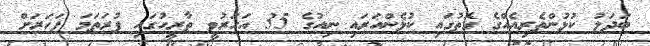
ބަދަލު ކުޅުންތެރިއެއްގެ ގޮތުގައި ކުޅެންއަރައި ނިއުގެ 35 އަހަރުވީ ތާރީހުގައި ފުރަތަމަ ފަހަރަށް